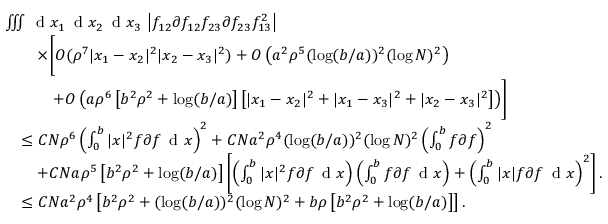
\begin{array} { r l } & { \iiint \, \textnormal { d } x _ { 1 } \, \textnormal { d } x _ { 2 } \, \textnormal { d } x _ { 3 } \, \left\vert f _ { 1 2 } \partial f _ { 1 2 } f _ { 2 3 } \partial f _ { 2 3 } f _ { 1 3 } ^ { 2 } \right\vert } \\ & { \qquad \times \Biggl [ O ( \rho ^ { 7 } | x _ { 1 } - x _ { 2 } | ^ { 2 } | x _ { 2 } - x _ { 3 } | ^ { 2 } ) + O \left( a ^ { 2 } \rho ^ { 5 } ( \log ( b / a ) ) ^ { 2 } ( \log N ) ^ { 2 } \right) } \\ & { \qquad \quad + O \left( a \rho ^ { 6 } \left[ b ^ { 2 } \rho ^ { 2 } + \log ( b / a ) \right] \left[ | x _ { 1 } - x _ { 2 } | ^ { 2 } + | x _ { 1 } - x _ { 3 } | ^ { 2 } + | x _ { 2 } - x _ { 3 } | ^ { 2 } \right] \right) \Biggr ] } \\ & { \quad \leq C N \rho ^ { 6 } \left( \int _ { 0 } ^ { b } | x | ^ { 2 } f \partial f \, \textnormal { d } x \right) ^ { 2 } + C N a ^ { 2 } \rho ^ { 4 } ( \log ( b / a ) ) ^ { 2 } ( \log N ) ^ { 2 } \left( \int _ { 0 } ^ { b } f \partial f \right) ^ { 2 } } \\ & { \qquad + C N a \rho ^ { 5 } \left[ b ^ { 2 } \rho ^ { 2 } + \log ( b / a ) \right] \left[ \left( \int _ { 0 } ^ { b } | x | ^ { 2 } f \partial f \, \textnormal { d } x \right) \left( \int _ { 0 } ^ { b } f \partial f \, \textnormal { d } x \right) + \left( \int _ { 0 } ^ { b } | x | f \partial f \, \textnormal { d } x \right) ^ { 2 } \right] . } \\ & { \quad \leq C N a ^ { 2 } \rho ^ { 4 } \left[ b ^ { 2 } \rho ^ { 2 } + ( \log ( b / a ) ) ^ { 2 } ( \log N ) ^ { 2 } + b \rho \left[ b ^ { 2 } \rho ^ { 2 } + \log ( b / a ) \right] \right] . } \end{array}